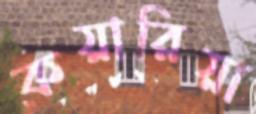
কয়ারিয়া